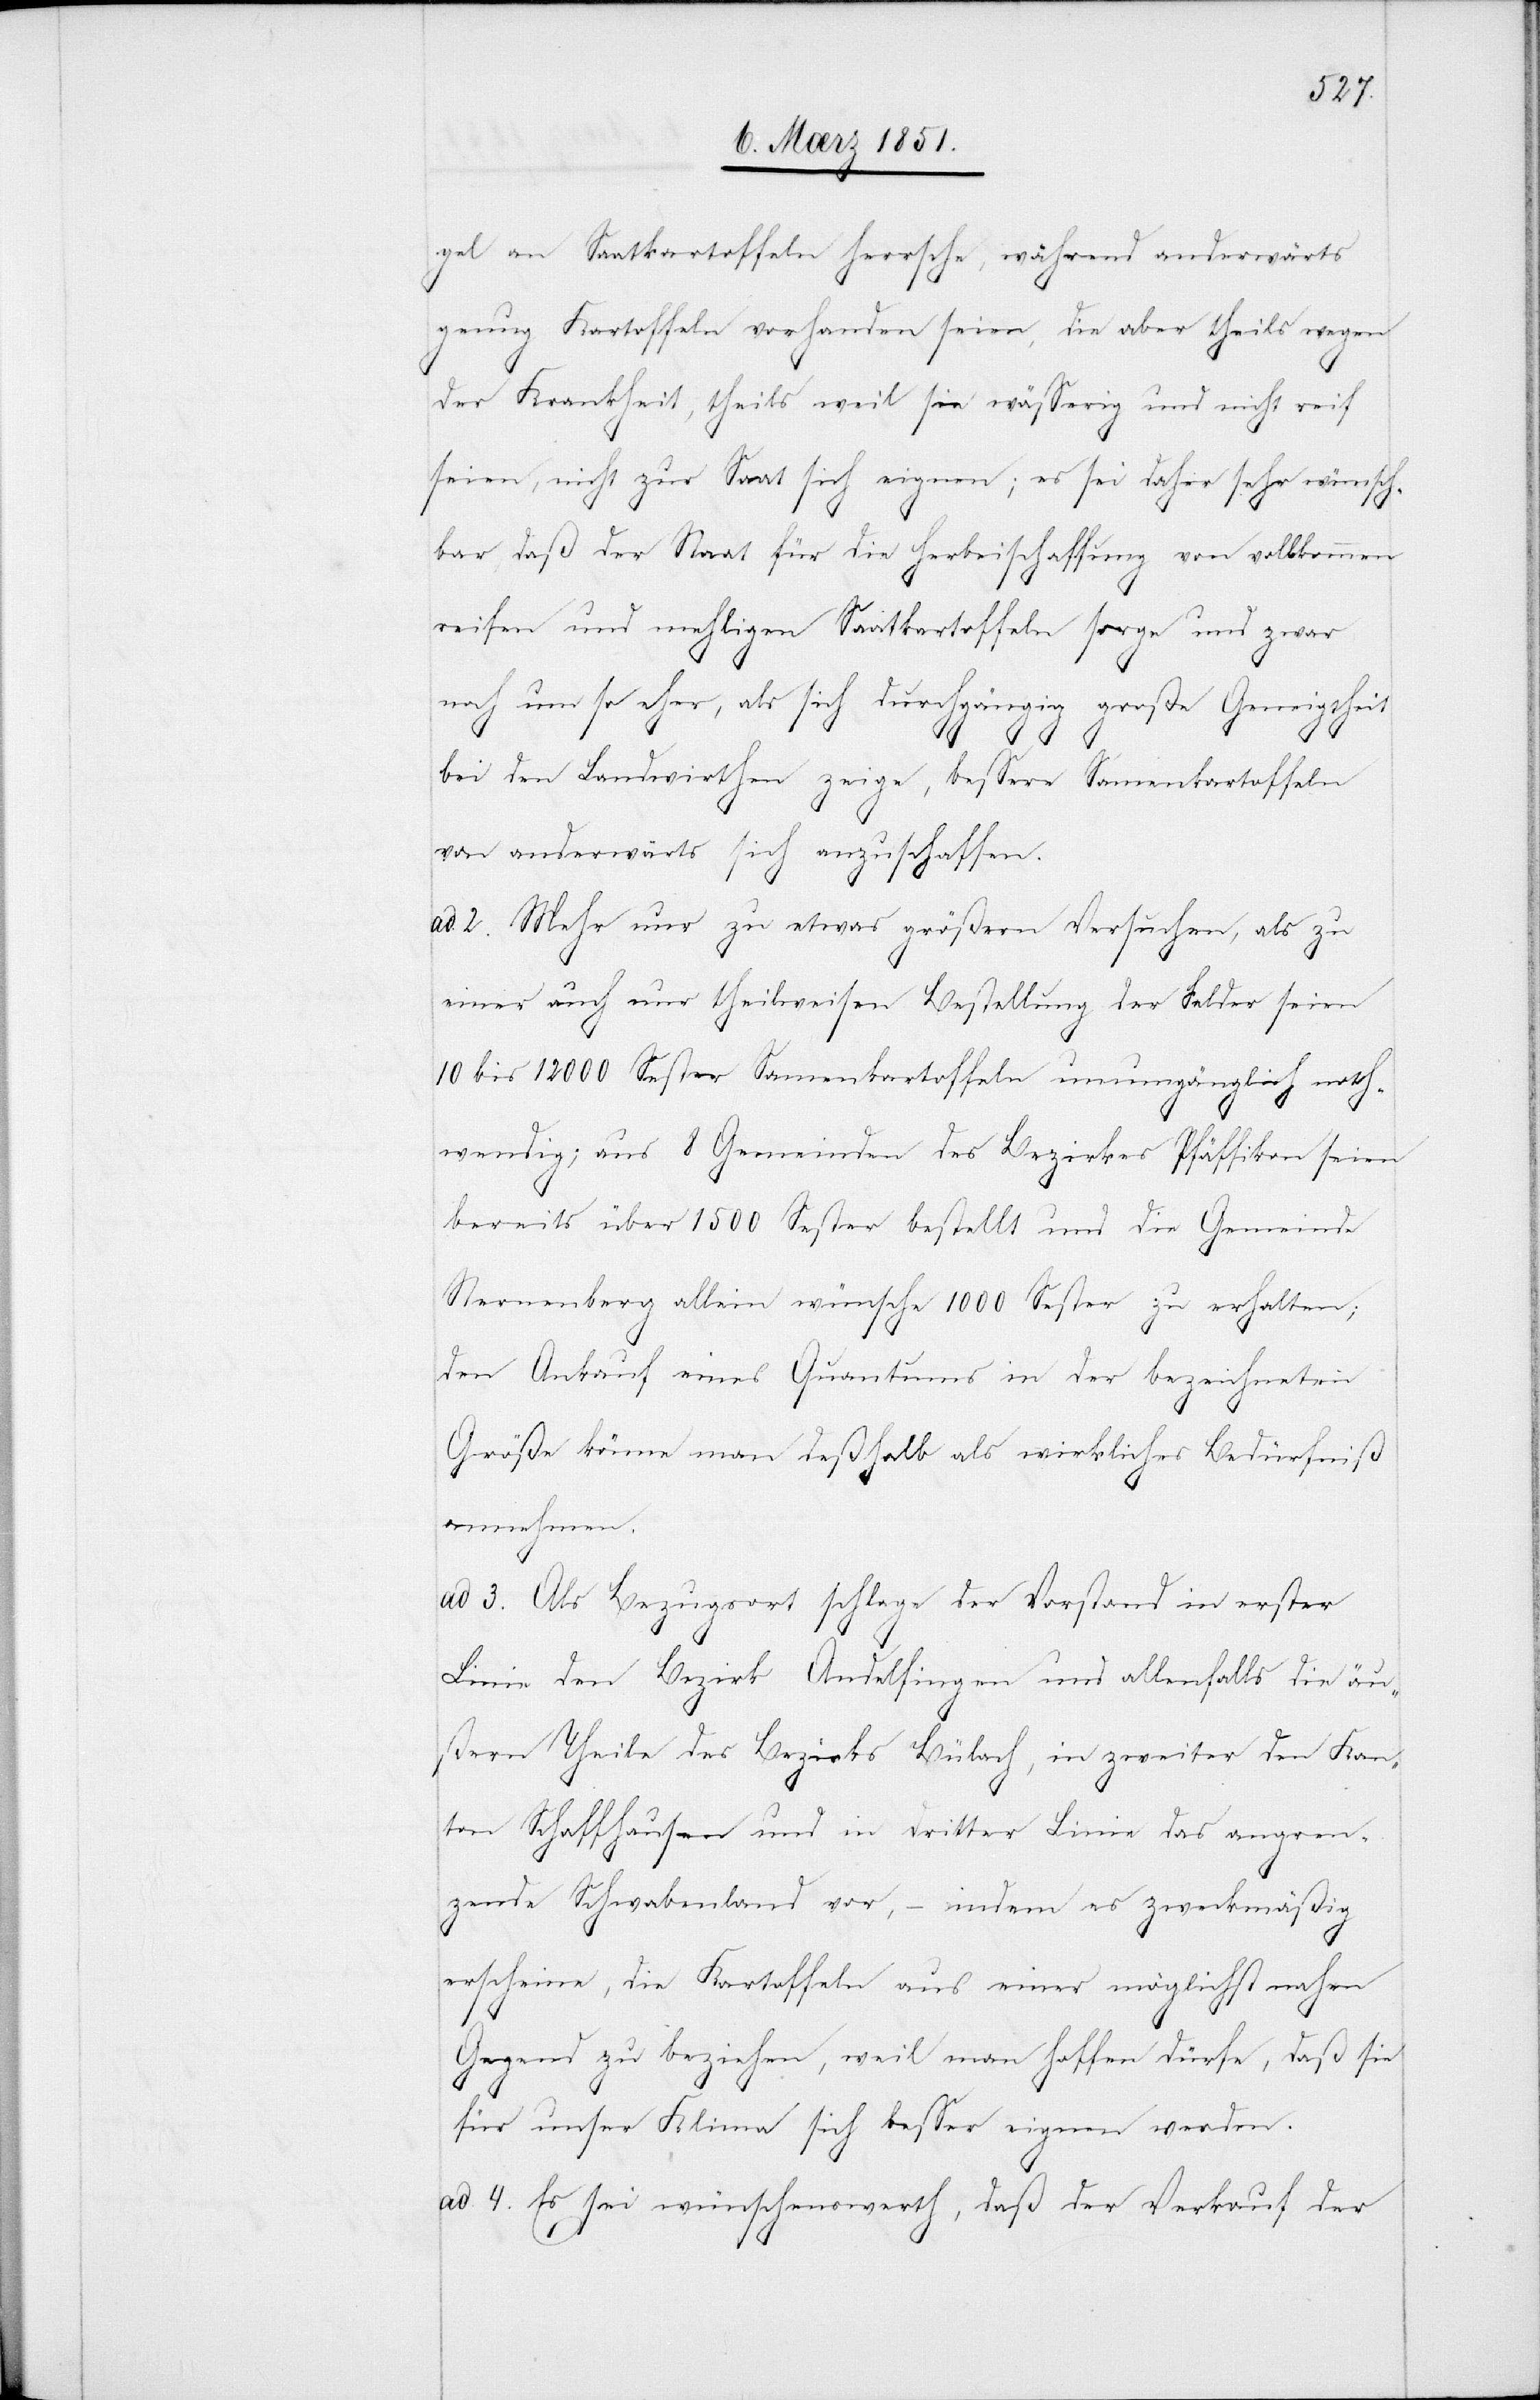
gel an Saatkartoffeln herrsche, während anderwärts
genug Kartoffeln vorhanden seien, die aber theils wegen
der Krankheit, theils weil sie wässerig und nicht reif
seien, nicht zur Saat sich eignen; es sei daher sehr wünsch¬
bar, daß der Staat für die Herbeischaffung von vollkommen
reifen und mehligen Saatkartoffeln sorge und zwar
noch um so eher, als sich durchgängig große Geneigtheit
bei den Landwirthen zeige, bessere Samenkartoffeln
von anderwärts sich anzuschaffen.
ad 2. Mehr nur zu etwas größern Versuchen, als zu
einer auch nur theilweisen Bestellung der Felder seien
10 bis 12000 Sester Samenkartoffeln unumgänglich noth¬
wendig; aus 8 Gemeinden des Bezirkes Pfäffikon seien
bereits über 1500 Sester bestellt und die Gemeinde
Sternenberg allein wünsche 1000 Sester zu erhalten;
den Ankauf eines Quantums in der bezeichneten
Größe könne man deßhalb als wirkliches Bedürfniß
annehmen.
ad 3. Als Bezugsort schlage der Vorstand in erster
Linie den Bezirk Andelfingen und allenfalls die äu¬
ßern Theile des Bezirks Bülach, in zweiter den Kan¬
ton Schaffhausen und in dritter Linie das angren¬
zende Schwabenland vor, – indem es zweckmäßig
erscheine, die Kartoffeln aus einer möglichst nahen
Gegend zu beziehen, weil man hoffen dürfe, daß sie
für unser Klima sich besser eignen werden.
ad 4. Es sei wünschenswerth, daß der Verkauf der